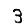
Digit: 3